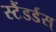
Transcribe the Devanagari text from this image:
स्टैंडर्डस्